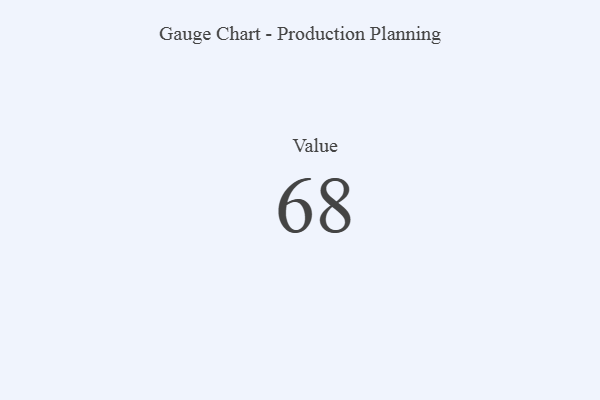
{"axis": {"x": "Metric", "y": "Value"}, "legend": [""], "data": [{"x": "Value", "y": 68, "type": ""}]}